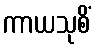
ကာယသုစိံ